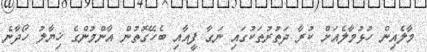
މާލެއިން ހުޅުމާލެއަށް ކުރާ ދަތުރުތަކުގައި ނަގާ ފީއާއި ބެހޭގޮތުން އާންމުންގެ ޚިޔާލު ހޯދާނެ